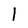
Character: l